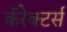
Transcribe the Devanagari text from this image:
कॅरेक्टर्स